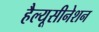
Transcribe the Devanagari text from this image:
हैल्यूसीनेशन